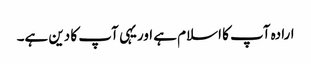
ارادہ آپ کا اسلام ہے اوریہی آپ کا دین ہے۔